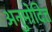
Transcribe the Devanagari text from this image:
अनुमोदित्त